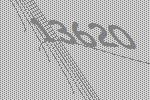
13620